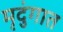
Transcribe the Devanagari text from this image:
मृदुंगात